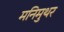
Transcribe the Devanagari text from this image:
मनिमुथर